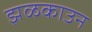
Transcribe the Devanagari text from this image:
झळकाउन